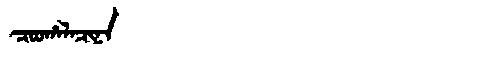
Manchu: ᠴᠣᠣᡥᠠᠯᠠᠴᡳᠨᠠ
Romanization: COOHALACINA